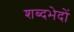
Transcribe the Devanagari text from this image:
शब्दभेदों